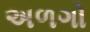
અળગો